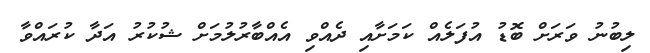
ލިބުނު ވަރަށް ބޮޑު އުފަލެއް ކަމަށާއި ދެއްވި އެއްބާރުލުމަށް ޝުކުރު އަދާ ކުރައްވާ